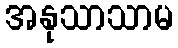
အနုသာသာမ